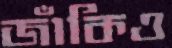
জাঁকিও